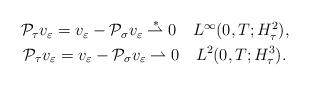
LaTeX: \begin{align*}\begin{gathered}\mathcal P_\tau v_\varepsilon = v_\varepsilon - \mathcal P_\sigma v_\varepsilon \buildrel\ast\over\rightharpoonup 0 ~~ ~ L^\infty(0,T;H^2_\tau),\\\mathcal P_\tau v_\varepsilon = v_\varepsilon - \mathcal P_\sigma v_\varepsilon \rightharpoonup 0 ~~ ~ L^2(0,T;H^3_\tau).\end{gathered}\end{align*}